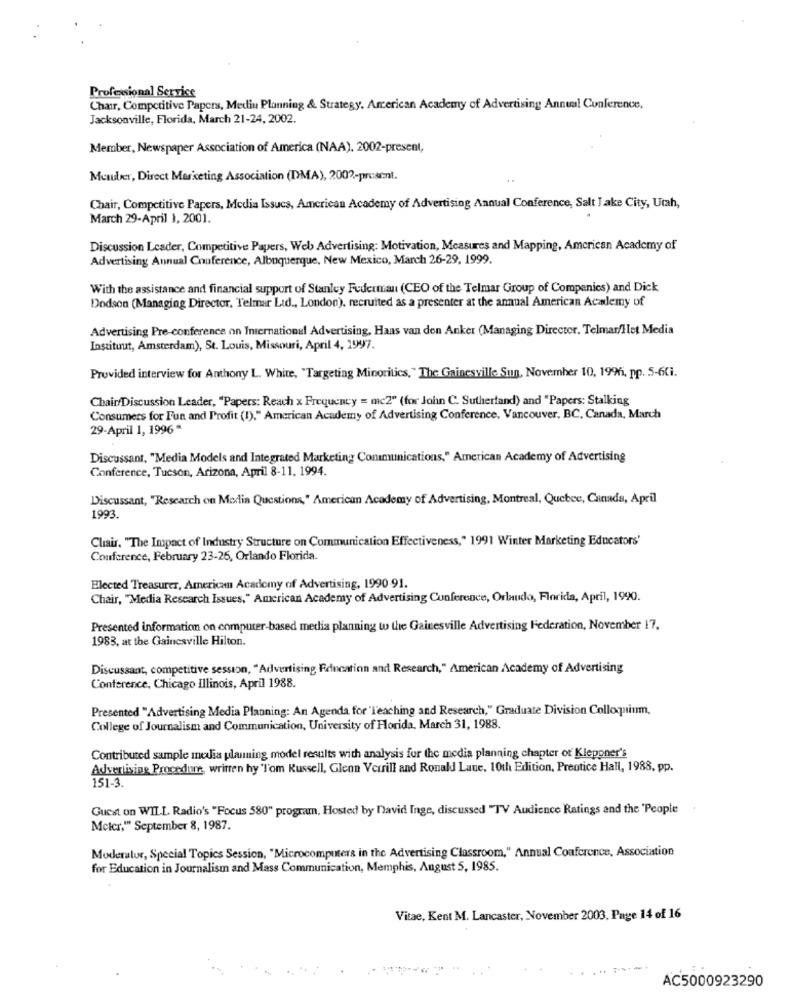
Profesional Service
Chair, Competitive Papers, Mediu Planning & Strategy, American Academy of Advertising Annual Conference,
Jacksonville, Florida, March 21-24, 2002.
Member, Newspaper Association of America (NAA), 2002-present,
Montrer, Direct Marketing Association (DMA), 2002-prest.
Chair, Competitive Papers, Media Issucs, American Academy of Advertising Annual Conference, Salt Lake City, Utah,
March 29-April 1, 2001.
Discussion Leader, Competitive Papers, Web Advertising: Motivation, Measures and Mapping, American Academy of
Advertising Annual Conference, Albuquerque, New Mexico, March 26-29, 1999.
With the assistance and financial support of Stanley Fudermant (CEO of the Telmar Group of Companies) and Dick
Dodson (Managing Director, Telmar Lid ., London), recruited as a presenter at the annual American Academy of
Advertising Pre-conference on International Advertising, Hans van den Anker (Managing Director. Telmar/Het Media
Instituut, Amsterdam), St. Louis, Missouri, April 4, 1997.
Provided interview for Anthony L. White, "Targeting Minoritics, " The Gainesville. Sun, November 10, 1996, pp. 5-6Ci.
Chair/Discussion Leader, "Papers: Reach x Frequency = mc2" (for John C. Sutherland) and "Papers: Stalking
Consumers for Fun and Profit (I)," American Academy of Advertising Conference, Vancouver, BC, Canada, March
29-April 1, 1996 "
Discussant, "Media Models and Integrated Marketing Communications," American Academy of Advertising
Conference, Tucson, Arizona, April 8-11, 1994.
Discussant, "Research on Media Questions," American Academy of Advertising, Montreal, Quebec, Canada, April
1993.
Clair. "The Impact of Industry Structure on Communication Effectiveness," 1991 Winter Marketing Educators'
Conference, February 23-26, Orlando Florida.
Elected Treasurer, American Academy of Advertising, 1990 91.
Chair, "Media Research Issues," American Academy of Advertising Conference, Orlando, Florida, April, 1990.
Presented information on computer-based media planning to the Gainesville Advertising Federation, November 17.
1983, at the Gainesville Hilton.
Discussant, competitive session, "Advertising Education and Research," American Academy of Advertising
Conference, Chicago Illinois, April 1988.
Presented "Advertising Media Planning: An Agenda for 'Teaching and Research," Graduate Division Colloquium,
College of Journalism and Communication, University of Florida, March 31, 1988.
Contributed sample media planning model results with analysis for the media planning chapter of Kleppner's
Advertising Procedure, written hy "Tom Russell, Glenn Verrill and Ronald Lane, 10th Edition, Prentice Hall, 1988, pp.
151-3
Guest on WILL Radio's "Focus 580" program, Hosted by David Inge, discussed "TV Audience Ratings and the 'People
Mctcr,"" September 8, 1987.
Moderalur, Special Topics Session, "Microcomputers in the Advertising Classroom," Annual Conference, Association
for Education in Journalism and Mass Communication, Memphis, August 5, 1985.
Vitae, Kent M. Lancaster, November 2003. Page 14 of 16
AC5000923290